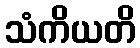
သံကိယတိ